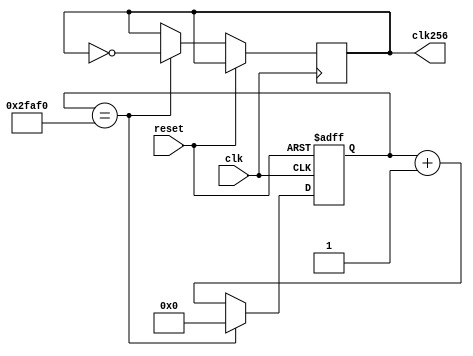
// ECE 4/530 Fall 2012
//
// David Poole 27-Oct-2012
//
// Frequency Divider


`timescale 1 ns / 10 ps

module FREQ_DIV
    // default to 50Mhz -> 256Hz as per homework assignment
    #( parameter divider=195312 )
    ( input wire clk,
      input wire reset,

      output wire clk256 );

    reg [31:0] current_value = 0;
    reg int_clk_out = 1'b0;


    always @(posedge clk, posedge reset )
    begin
        if( reset ) 
        begin
            current_value <= 0;
//            clk256 <= 1'b0;
        end
        else 
        begin
            current_value <= current_value+1;
            if( current_value == divider ) 
            begin
                current_value <= 0;
                int_clk_out <= ~int_clk_out;
            end
        end
    end
    
    assign clk256 = int_clk_out;

endmodule